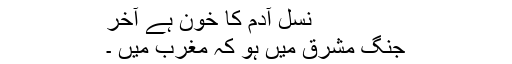
نسل آدم کا خون ہے آخر
جنگ مشرق میں ہو کہ مغرب میں ۔